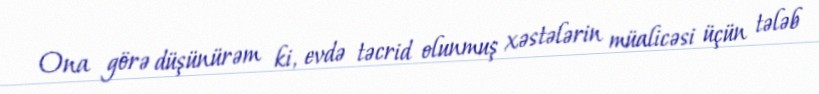
Ona görə düşünürəm ki, evdə təcrid olunmuş xəstələrin müalicəsi üçün tələb